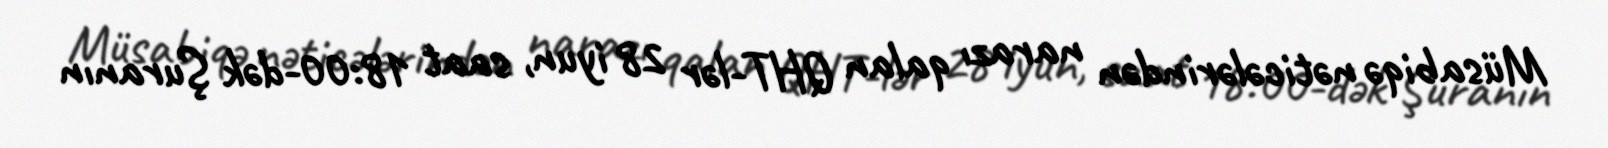
Müsabiqə nəticələrindən narazı qalan QHT-lər 28 iyun, saat 18:00-dək Şuranın